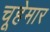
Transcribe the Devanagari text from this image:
चूहेमार